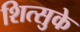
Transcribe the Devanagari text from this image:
शित्सुके